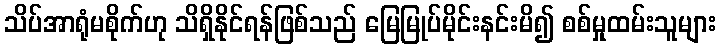
သိပ်အာရုံမစိုက်ဟု သိရှိနိုင်ရန်ဖြစ်သည် မြေမြုပ်မိုင်းနင်းမိ၍ စစ်မှုထမ်းသူများ